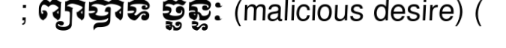
; ព្យាបាទ ច្ឆន្ទៈ (malicious desire) (